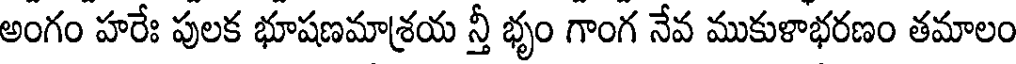
అంగం హరేః పులక భూషణమాశ్రయ న్తీ భృం గాంగ నేవ ముకుళాభరణం తమాలం